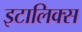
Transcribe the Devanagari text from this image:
इटालिक्स